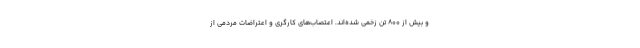
و بیش از ۸۰۰ تن زخمی شده‌اند. اعتصاب‌های کارگری و اعتراضات مردمی از